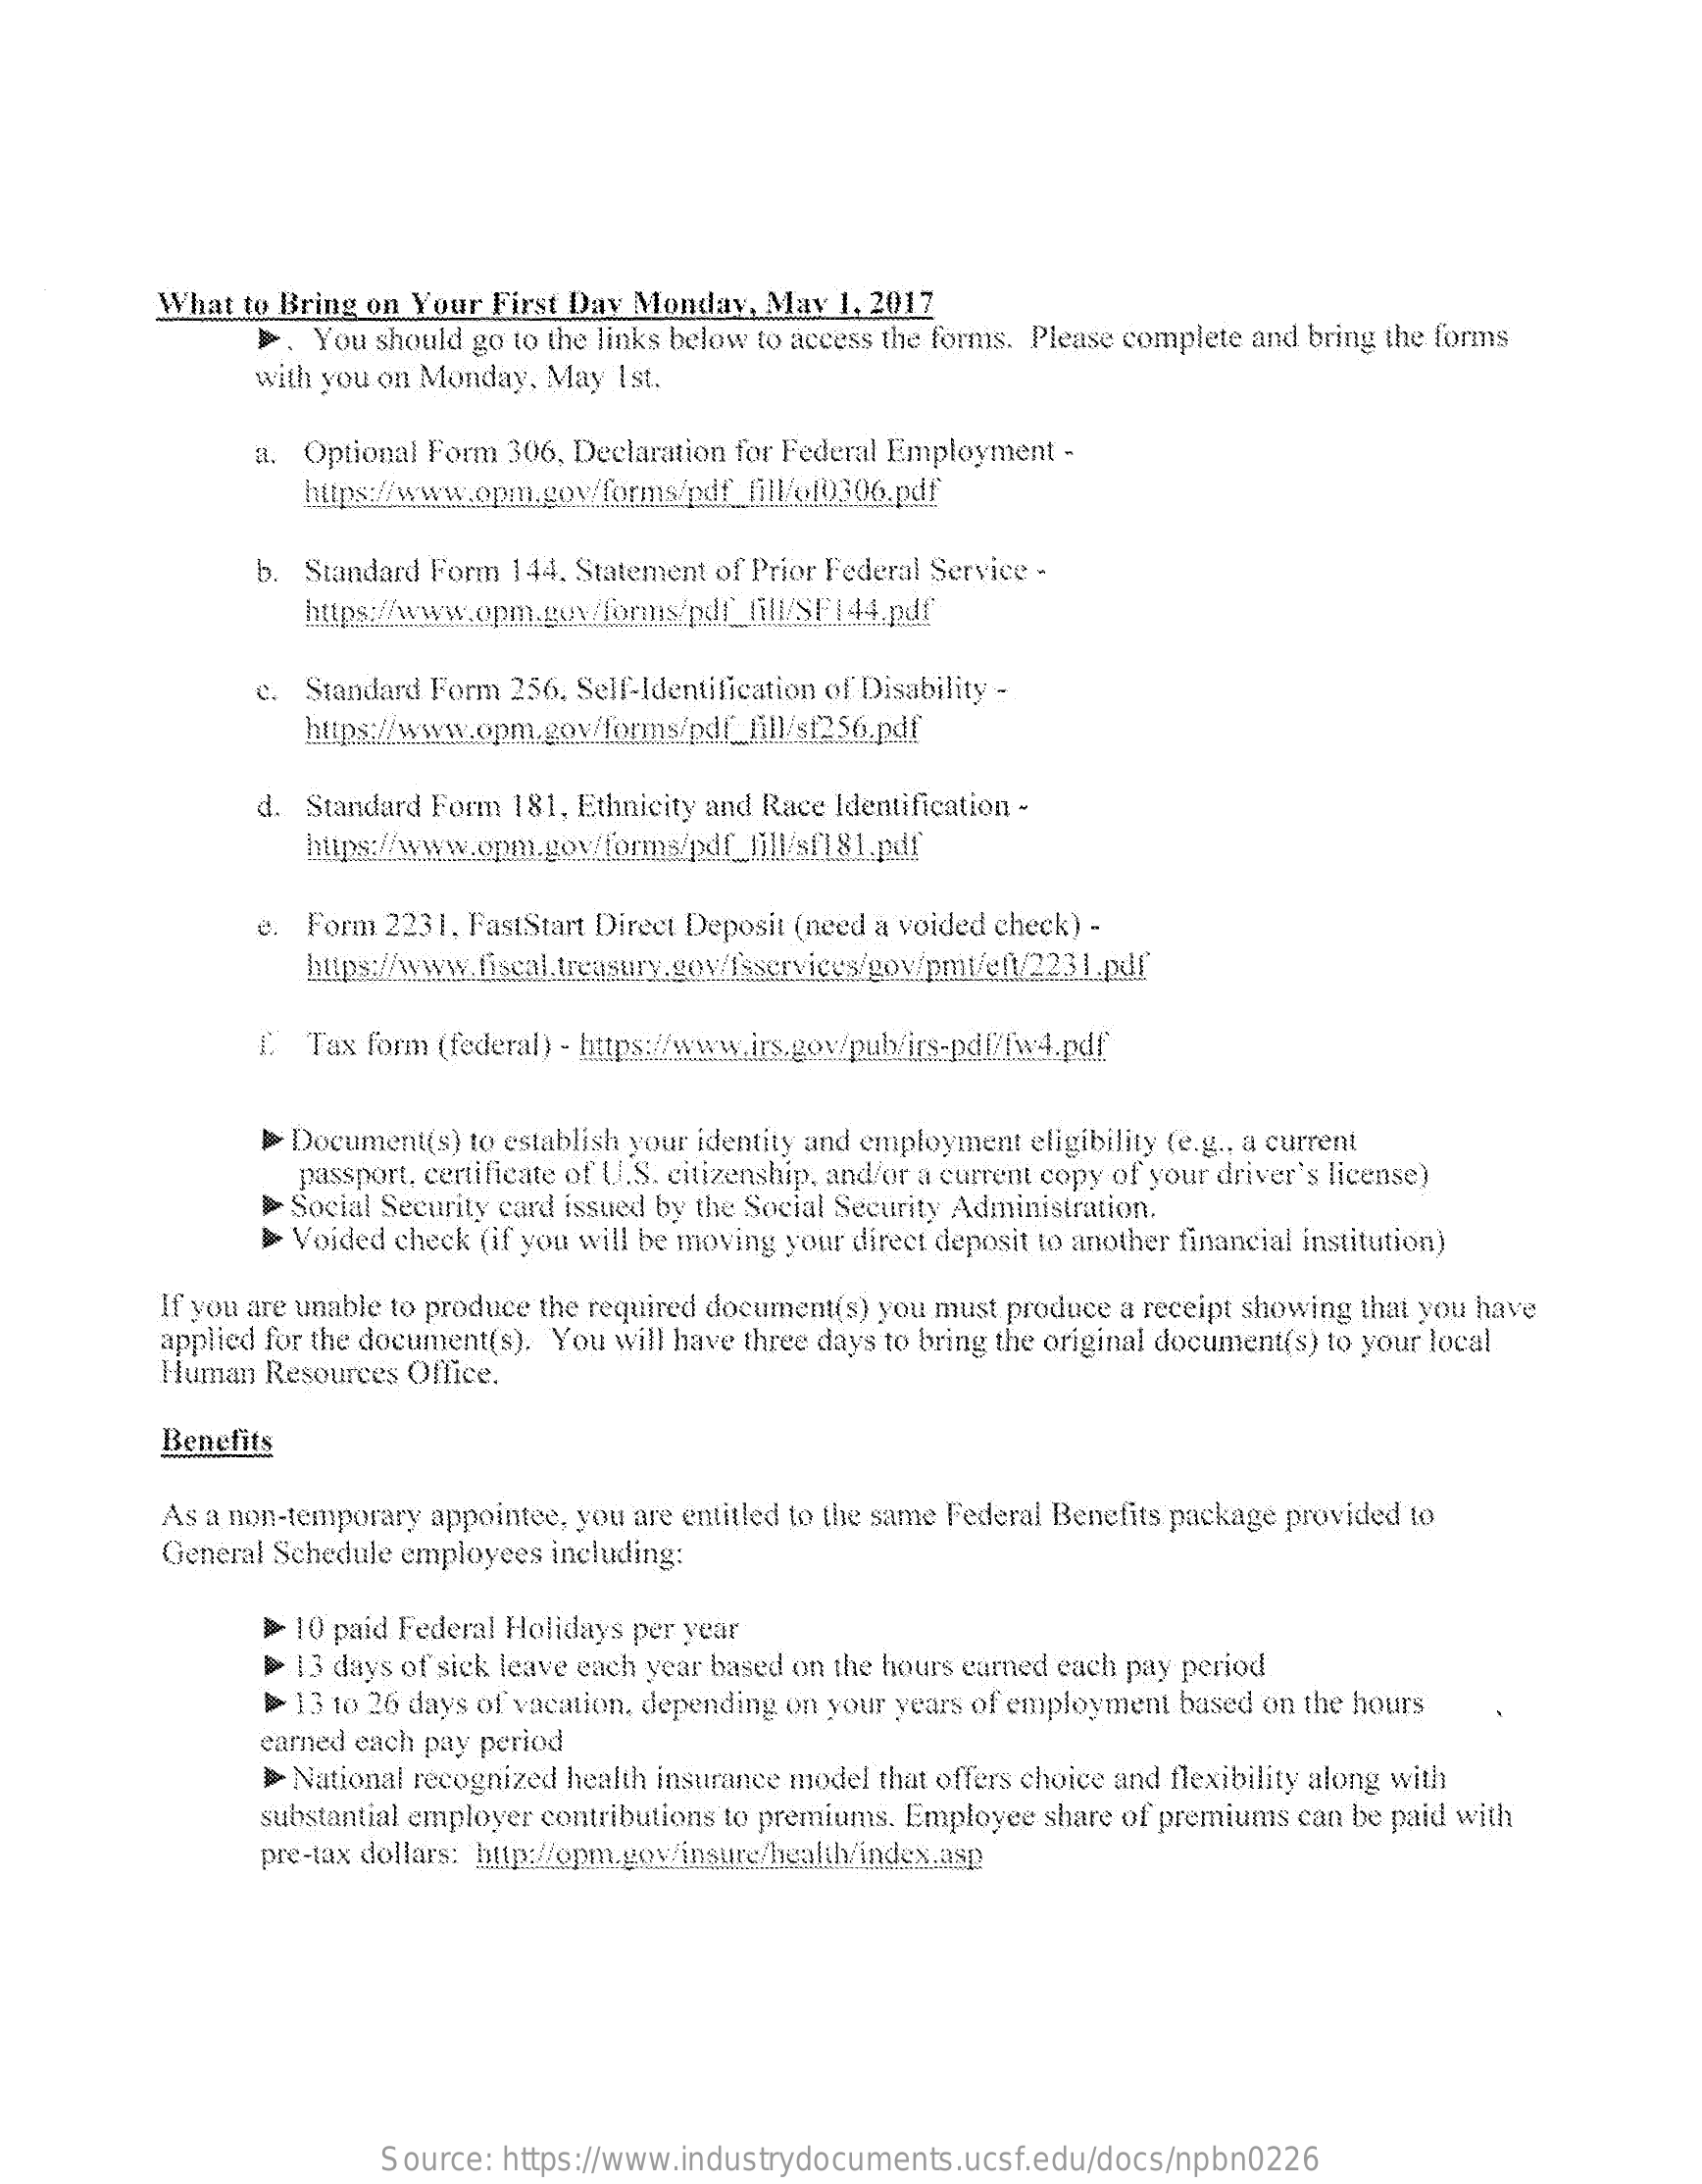
What to Bring on Your First Day Monday, May 1, 2017
     . You should go to the links below to access the forms. Please complete and bring the forms
     with you on Monday, May 1st.
     a. Optional Form 306, Declaration for Federal Employment -
     https:/www.opm.gov/forms/pdf_fill/of0306.pdf
     b. Standard Form 144, Statement of Prior Federal Service -
     c. Standard Form 256, Self-Identification of Disability -
     d. Standard Form 181, Ethnicity and Race Identification -
     https:/www.opm.gov/forms/pdf_fill/sf1&L.pdf
     e. Form 2231, FastStart Direct Deposit (need a voided check) -
     I. Tax form (federal) - https://www.irs.gov/pub/irs-pdf/fw4.pdf
     Document(s) to establish your identity and employment eligibility (e.g ., a current
     passport, certificate of U.S. citizenship, and/or a current copy of your driver's license)
     >Social Security card issued by the Social Security Administration.
     » Voided check (if you will be moving your direct deposit to another financial institution)
     If you are unable to produce the required document(s) you must produce a receipt showing that you have
     applied for the document(s). You will have three days to bring the original document(s) to your local
     Human  Resources Office.
     Benefits
     As a non-temporary appointee, you are entitled to the same Federal Benefits package provided to
     General Schedule employees including:
     > 10 paid Federal Holidays per year
     > 13 days of sick leave each year based on the hours earned each pay period
     >> 13 to 26 days of vacation, depending on your years of employment based on the hours
     earned each pay period
     > National recognized health insurance model that offers choice and flexibility along with
     substantial employer contributions to premiums. Employee share of premiums can be paid with
     pre-tax dollars: http:/opm.gov/insure/health/index.asp
     Source: https://www.industrydocuments.ucsf.edu/docs/npbn0226